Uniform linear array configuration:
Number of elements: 8
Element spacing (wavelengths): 0.5
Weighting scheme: exponential
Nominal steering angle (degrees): -30
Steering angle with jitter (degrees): -31.931
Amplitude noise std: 0.05
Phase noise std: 0.05

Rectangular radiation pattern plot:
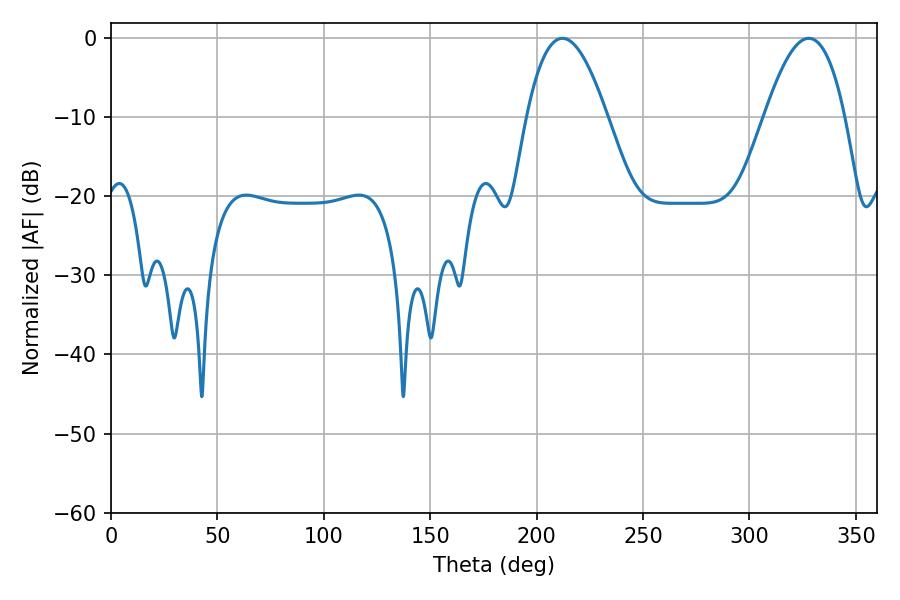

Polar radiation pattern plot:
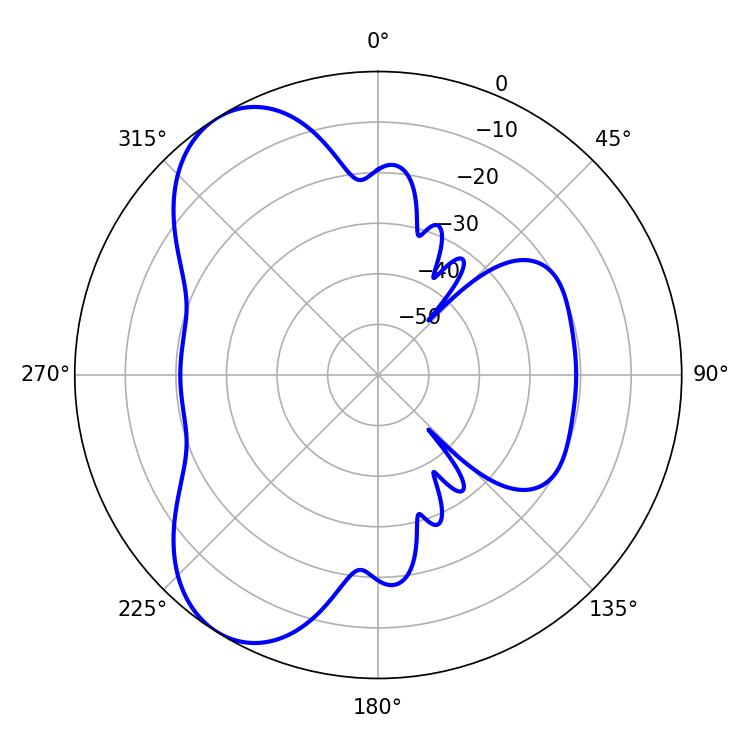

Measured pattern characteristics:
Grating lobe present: FALSE
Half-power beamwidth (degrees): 20.7
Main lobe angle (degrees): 212.04